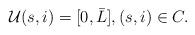
LaTeX: \begin{align*}\mathcal U(s,i) = [0, \bar L], (s,i) \in C.\end{align*}